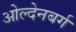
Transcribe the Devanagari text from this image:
ओल्देनबर्ग